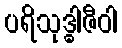
ပရိသုဒ္ဓါဇီဝါ